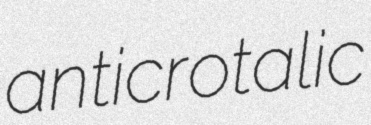
anticrotalic